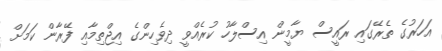
އަހަރުގެ ތެރޭގައި ރައީސް ޔާމީން އިސްލާހު ކުރެއްވީ ދިވެހިންގެ އިޖްތިމާއި ފޭރާން ކަމަށް